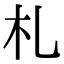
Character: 札